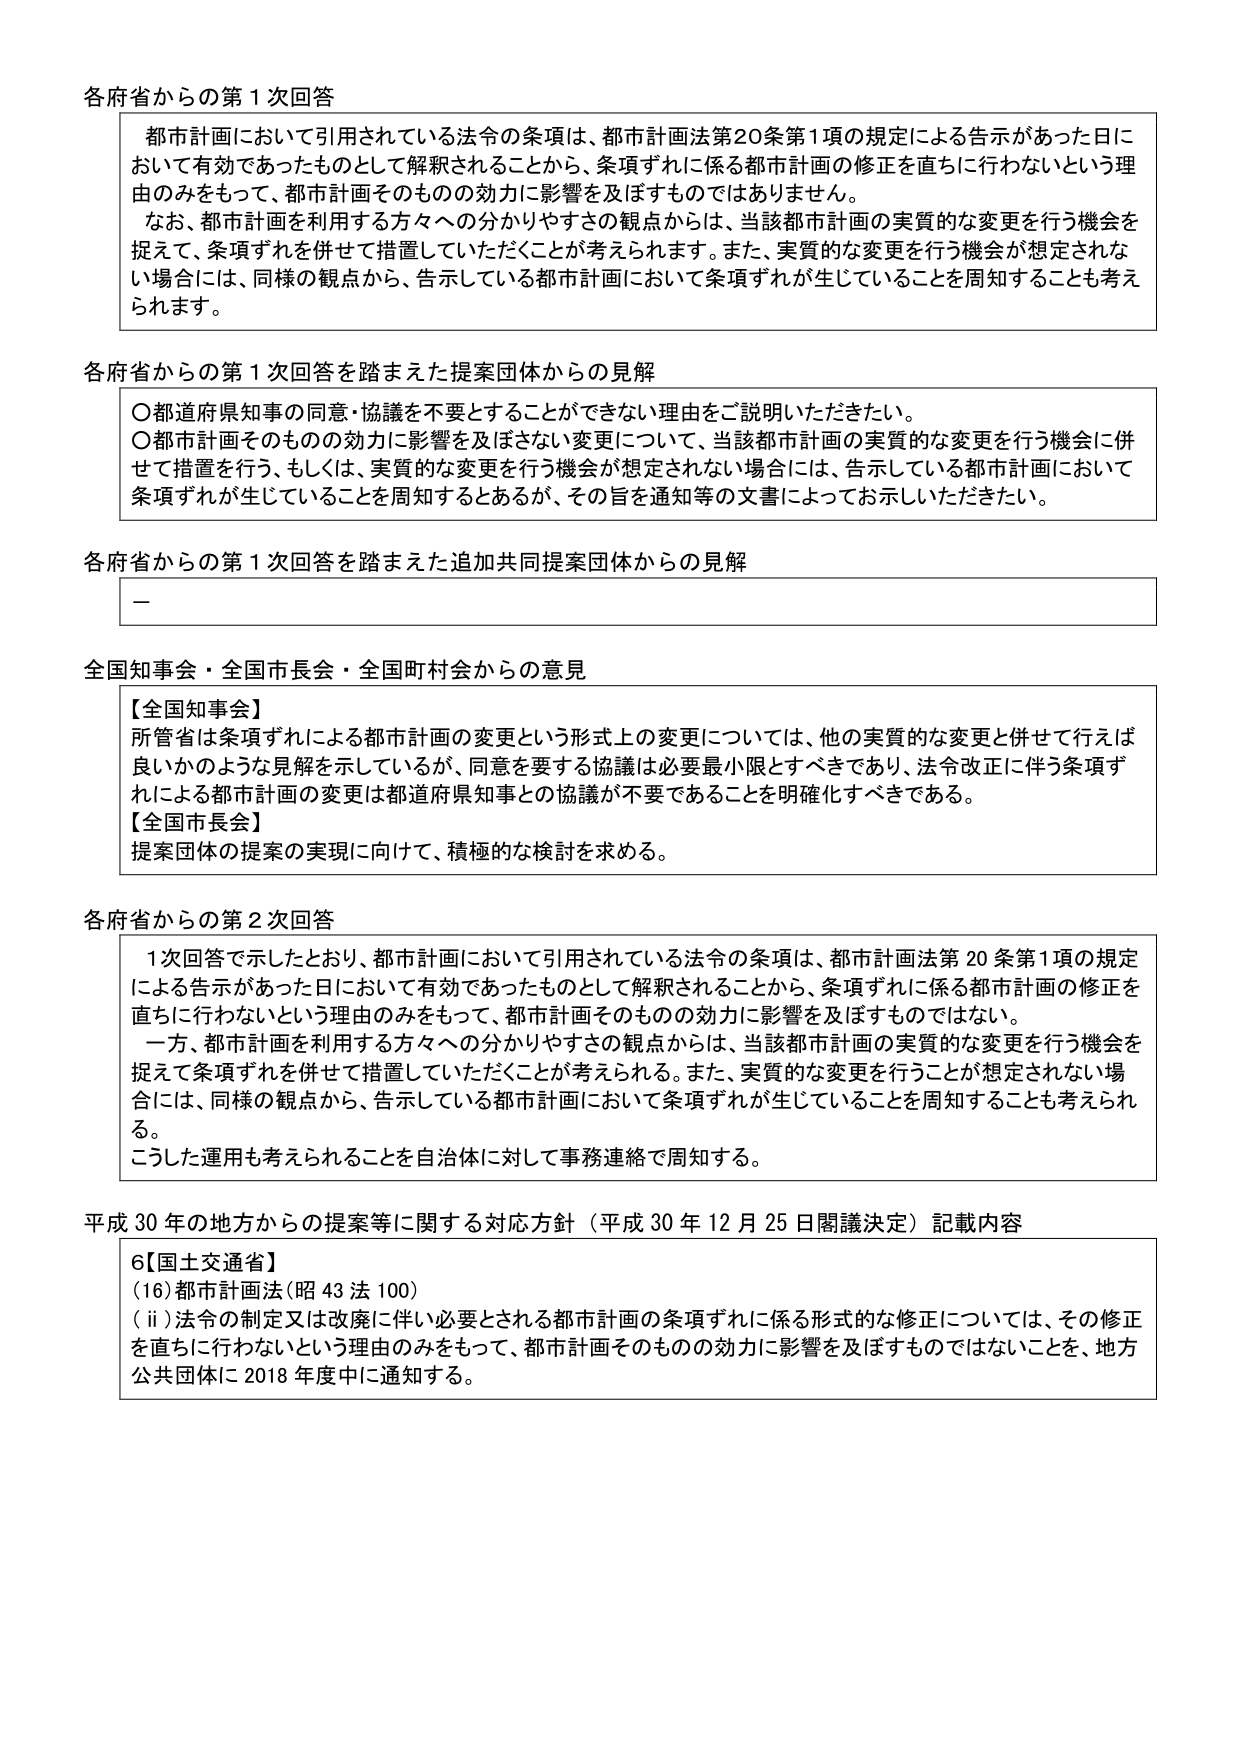
各府省からの第１次回答

都市計画において引用されている法令の条項は、都市計画法第20条第1項の規定による告示があった日において有効であったものとして解釈されることから、条項ずれに係る都市計画の修正を直ちに行わないという理由のみをもって、都市計画そのものの効力に影響を及ぼすものではありません。
なお、都市計画を利用する方々への分かりやすさの観点からは、当該都市計画の実質的な変更を行う機会を捉えて、条項ずれを併せて措置していただくことが考えられます。また、実質的な変更を行う機会が想定されない場合には、同様の観点から、告示している都市計画において条項ずれが生じていることを周知することも考えられます。

各府省からの第１次回答を踏まえた提案団体からの見解

○都道府県知事の同意・協議を不要とすることができない理由をご説明いただきたい。
○都市計画そのものの効力に影響を及ぼさない変更について、当該都市計画の実質的な変更を行う機会に併せて措置を行う、もしくは、実質的な変更を行う機会が想定されない場合には、告示している都市計画において条項ずれが生じていることを周知するとあるが、その旨を通知等の文書によってお示しいただきたい。

各府省からの第１次回答を踏まえた追加共同提案団体からの見解

－

全国知事会・全国市長会・全国町村会からの意見

【全国知事会】
所管省は条項ずれによる都市計画の変更という形式上の変更については、他の実質的な変更と併せて行えば良いかのような見解を示しているが、同意を要する協議は必要最小限とすべきであり、法令改正に伴う条項ずれによる都市計画の変更は都道府県知事との協議が不要であることを明確化すべきである。
【全国市長会】
提案団体の提案の実現に向けて、積極的な検討を求める。

各府省からの第２次回答

1次回答で示したとおり、都市計画において引用されている法令の条項は、都市計画法第20条第1項の規定による告示があった日において有効であったものとして解釈されることから、条項ずれに係る都市計画の修正を直ちに行わないという理由のみをもって、都市計画そのものの効力に影響を及ぼすものではない。
一方、都市計画を利用する方々への分かりやすさの観点からは、当該都市計画の実質的な変更を行う機会を捉えて条項ずれを併せて措置していただくことが考えられる。また、実質的な変更を行うことが想定されない場合には、同様の観点から、告示している都市計画において条項ずれが生じていることを周知することも考えられる。
こうした運用も考えられることを自治体に対して事務連絡で周知する。

平成30年の地方からの提案等に関する対応方針（平成30年12月25日閣議決定）記載内容

6【国土交通省】
(16)都市計画法(昭43法100)
(ii)法令の制定又は改廃に伴い必要とされる都市計画の条項ずれに係る形式的な修正については、その修正を直ちに行わないという理由のみをもって、都市計画そのものの効力に影響を及ぼすものではないことを、地方公共団体に2018年度中に通知する。